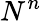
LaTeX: N^{n}